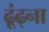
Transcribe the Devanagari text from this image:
ढूंढ्ना